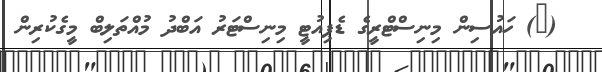
(@) ހައުސިން މިނިސްޓްރީގެ ޑެޕިއުޓީ މިނިސްޓަރު އަބްދު މުއްތަލިބް މީގެކުރިން